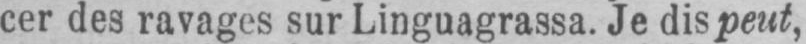
cer des ravages sur Linguagrassa. Je dis peut,